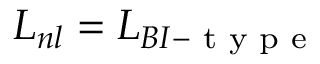
L _ { n l } = L _ { B I - \textrm { t y p e } }